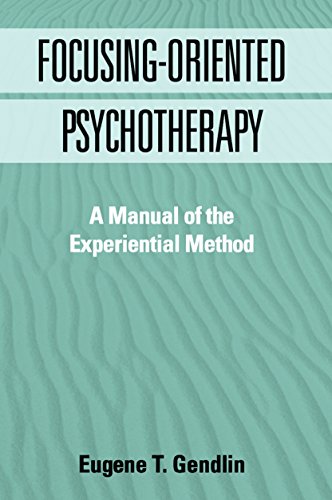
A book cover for Focusing-Oriented Psychotherapy: A Manual of the Experiential Method; Eugene T. Gendlin PhD; Medical Books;